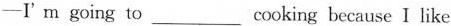
-I' m going to___cooking because I like